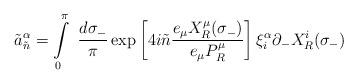
LaTeX: \begin{align*}\tilde{a}^{\alpha}_{\tilde{n}} =\int\limits_{0}^{\pi}~\frac{d\sigma_{-}}{\pi} \exp\left[4i\tilde{n}\frac{e_{\mu} X^{\mu}_{R}(\sigma_{-})}{e_{\mu}P^{\mu}_{R}}\right] \xi^{\alpha}_{i}\partial_{-}X^{i}_{R}(\sigma_{-})\end{align*}